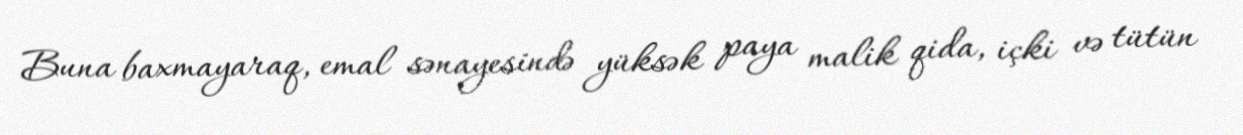
Buna baxmayaraq, emal sənayesində yüksək paya malik qida, içki və tütün